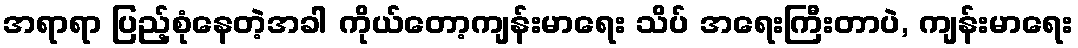
အရာရာ ပြည့်စုံနေတဲ့အခါ ကိုယ်တော့ကျန်းမာရေး သိပ် အရေးကြီးတာပဲ, ကျန်းမာရေး